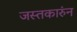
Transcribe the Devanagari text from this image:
जस्तकारुंन